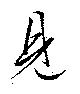
見